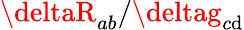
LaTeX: \deltaR_{ab}/\deltag_{c\mathrm{d}}